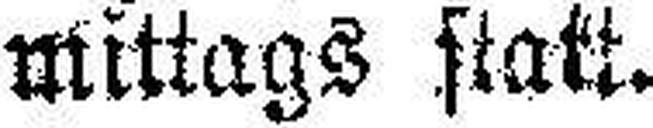
mittags statt.